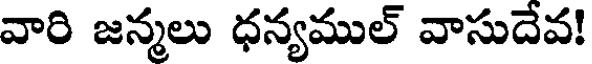
వారి జన్మలు ధన్యముల్ వాసుదేవ!